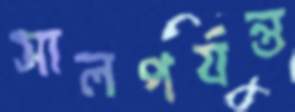
সালপর্যন্ত